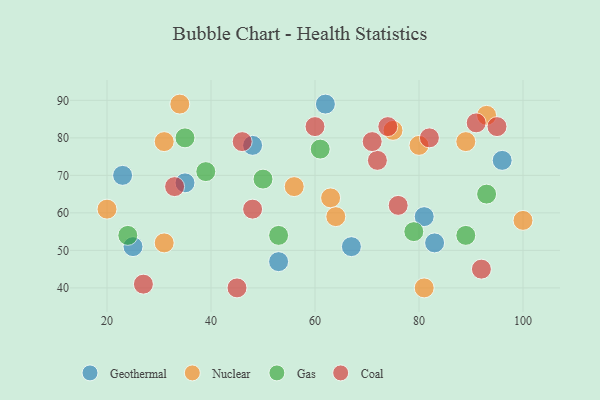
{"axis": {"x": "GDP", "y": "Life Expectancy"}, "legend": ["Coal", "Gas", "Geothermal", "Nuclear"], "data": [{"x": "48", "y": 78, "type": "Geothermal"}, {"x": "25", "y": 51, "type": "Geothermal"}, {"x": "35", "y": 68, "type": "Geothermal"}, {"x": "23", "y": 70, "type": "Geothermal"}, {"x": "96", "y": 74, "type": "Geothermal"}, {"x": "67", "y": 51, "type": "Geothermal"}, {"x": "81", "y": 59, "type": "Geothermal"}, {"x": "83", "y": 52, "type": "Geothermal"}, {"x": "62", "y": 89, "type": "Geothermal"}, {"x": "53", "y": 47, "type": "Geothermal"}, {"x": "75", "y": 82, "type": "Nuclear"}, {"x": "63", "y": 64, "type": "Nuclear"}, {"x": "100", "y": 58, "type": "Nuclear"}, {"x": "64", "y": 59, "type": "Nuclear"}, {"x": "31", "y": 52, "type": "Nuclear"}, {"x": "34", "y": 89, "type": "Nuclear"}, {"x": "89", "y": 79, "type": "Nuclear"}, {"x": "81", "y": 40, "type": "Nuclear"}, {"x": "56", "y": 67, "type": "Nuclear"}, {"x": "93", "y": 86, "type": "Nuclear"}, {"x": "20", "y": 61, "type": "Nuclear"}, {"x": "80", "y": 78, "type": "Nuclear"}, {"x": "31", "y": 79, "type": "Nuclear"}, {"x": "39", "y": 71, "type": "Gas"}, {"x": "79", "y": 55, "type": "Gas"}, {"x": "53", "y": 54, "type": "Gas"}, {"x": "35", "y": 80, "type": "Gas"}, {"x": "93", "y": 65, "type": "Gas"}, {"x": "50", "y": 69, "type": "Gas"}, {"x": "89", "y": 54, "type": "Gas"}, {"x": "61", "y": 77, "type": "Gas"}, {"x": "24", "y": 54, "type": "Gas"}, {"x": "48", "y": 61, "type": "Coal"}, {"x": "27", "y": 41, "type": "Coal"}, {"x": "33", "y": 67, "type": "Coal"}, {"x": "45", "y": 40, "type": "Coal"}, {"x": "95", "y": 83, "type": "Coal"}, {"x": "60", "y": 83, "type": "Coal"}, {"x": "76", "y": 62, "type": "Coal"}, {"x": "74", "y": 83, "type": "Coal"}, {"x": "72", "y": 74, "type": "Coal"}, {"x": "92", "y": 45, "type": "Coal"}, {"x": "46", "y": 79, "type": "Coal"}, {"x": "82", "y": 80, "type": "Coal"}, {"x": "71", "y": 79, "type": "Coal"}, {"x": "91", "y": 84, "type": "Coal"}]}